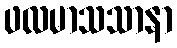
ဖလမာသသာနာ